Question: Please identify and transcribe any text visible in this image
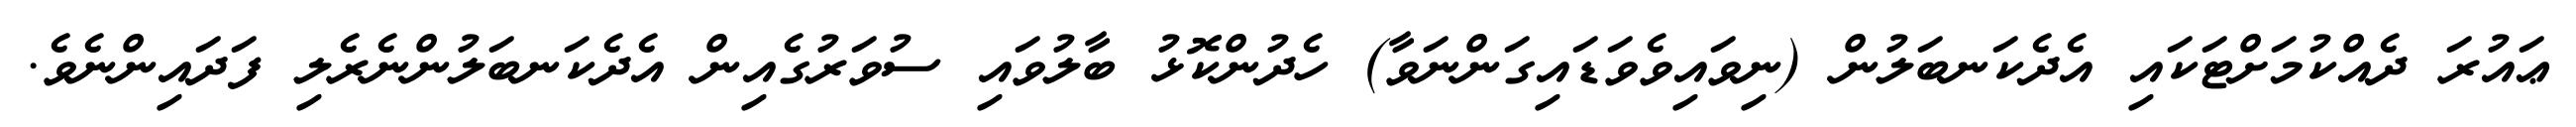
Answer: ޢައުރަ ދެއްކުމަށްޓަކައި އެދެކަނބަލުން (ނިވައިވެވަޑައިގަންނަވާ) ހެދުންކޮޅު ބާލުވައި ސުވަރުގެއިން އެދެކަނބަލުންނެރެލި ފަދައިންނެވެ.